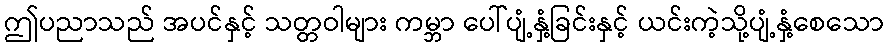
ဤပညာသည် အပင်နှင့် သတ္တဝါများ ကမ္ဘာ ပေါ်ပျံ့နှံ့ခြင်းနှင့် ယင်းကဲ့သို့ပျံ့နှံ့စေသော